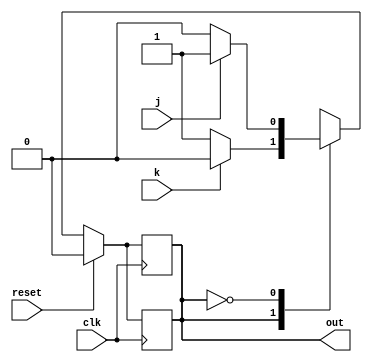
module top_module(
    input clk,
    input reset,    // Synchronous reset to OFF
    input j,
    input k,
    output out); //  

    // Solution1 (My implementation) (almost the same as Solution2)
    parameter OFF=0, ON=1;
    reg state, next_s;
    
    always @(*) begin
        case(state)
            OFF: next_s <= j ? ON:OFF;
            ON: next_s <= k ? OFF:ON;
        endcase
    end
    
    always @(posedge clk) begin
        if(reset) state <=OFF;
        else state <= next_s;
    end
    assign out = (state == ON);

    ///////////////////////////////////////////////
    // Solution2
    parameter OFF = 0, ON = 1; 
    reg state, next_state;

    always @(*) begin
        // State transition logic
        case (state)
            ON: next_state <= k ? OFF : ON;
            OFF: next_state <= j ? ON : OFF;
        endcase
    end

    always @(posedge clk) begin
        // State flip-flops with synchronous reset
        if (reset) begin
            state <= OFF;
        end
        else begin
            state <= next_state;
        end
    end

    // Output logic
    // assign out = (state == ...);
    assign out = (state == ON);

endmodule